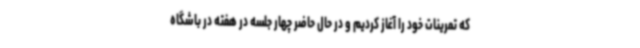
که تمرینات خود را آغاز کردیم و در حال حاضر چهار جلسه در هفته در باشگاه